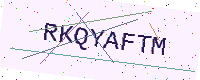
Text: RKQYAFTM